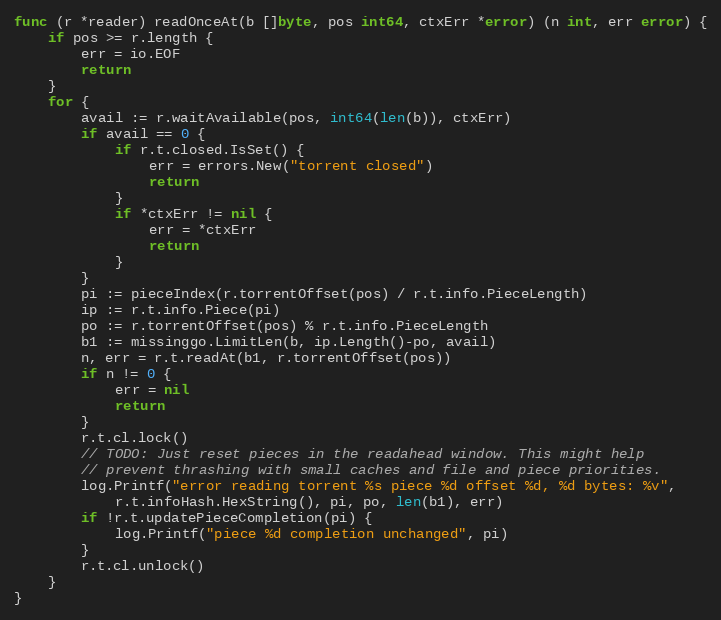
Language: Go
func (r *reader) readOnceAt(b []byte, pos int64, ctxErr *error) (n int, err error) {
	if pos >= r.length {
		err = io.EOF
		return
	}
	for {
		avail := r.waitAvailable(pos, int64(len(b)), ctxErr)
		if avail == 0 {
			if r.t.closed.IsSet() {
				err = errors.New("torrent closed")
				return
			}
			if *ctxErr != nil {
				err = *ctxErr
				return
			}
		}
		pi := pieceIndex(r.torrentOffset(pos) / r.t.info.PieceLength)
		ip := r.t.info.Piece(pi)
		po := r.torrentOffset(pos) % r.t.info.PieceLength
		b1 := missinggo.LimitLen(b, ip.Length()-po, avail)
		n, err = r.t.readAt(b1, r.torrentOffset(pos))
		if n != 0 {
			err = nil
			return
		}
		r.t.cl.lock()
		// TODO: Just reset pieces in the readahead window. This might help
		// prevent thrashing with small caches and file and piece priorities.
		log.Printf("error reading torrent %s piece %d offset %d, %d bytes: %v",
			r.t.infoHash.HexString(), pi, po, len(b1), err)
		if !r.t.updatePieceCompletion(pi) {
			log.Printf("piece %d completion unchanged", pi)
		}
		r.t.cl.unlock()
	}
}